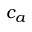
c _ { a }